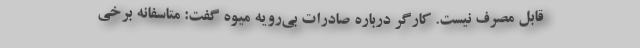
قابل مصرف نیست. کارگر درباره صادرات بی‌رویه میوه گفت: متاسفانه برخی